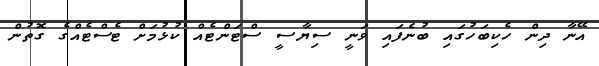
އޭނާ ދިން ހެކިބަހުގައި ބުނެފައި ވަނީ ސިޔާސީ ސްޓަންޓެއް ކުޅުމަށް ޓެސްޓެއްގެ ގޮތުން